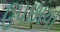
ઉપછાયા